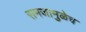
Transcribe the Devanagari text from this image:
समजामुळेच